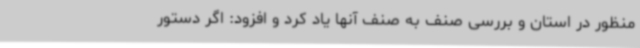
منظور در استان و بررسی صنف به صنف آنها یاد کرد و افزود: اگر دستور